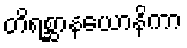
တိရစ္ဆာနယောနိကာ